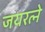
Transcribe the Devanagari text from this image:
जयरत्ने